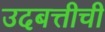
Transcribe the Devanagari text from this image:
उदबत्तीची